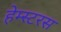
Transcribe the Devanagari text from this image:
हेम्स्टरस